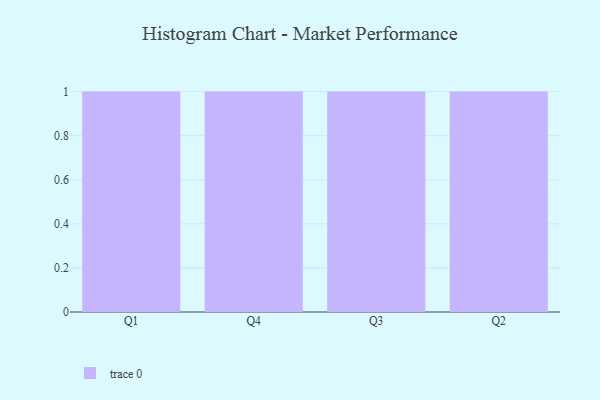
{"axis": {"x": "Quarter", "y": "Production Output"}, "legend": [""], "data": [{"x": "Q1", "y": 11, "type": ""}, {"x": "Q4", "y": 92, "type": ""}, {"x": "Q3", "y": 17, "type": ""}, {"x": "Q2", "y": 81, "type": ""}]}